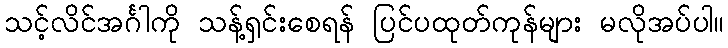
သင့်လိင်အင်္ဂါကို သန့်ရှင်းစေရန် ပြင်ပထုတ်ကုန်များ မလိုအပ်ပါ။